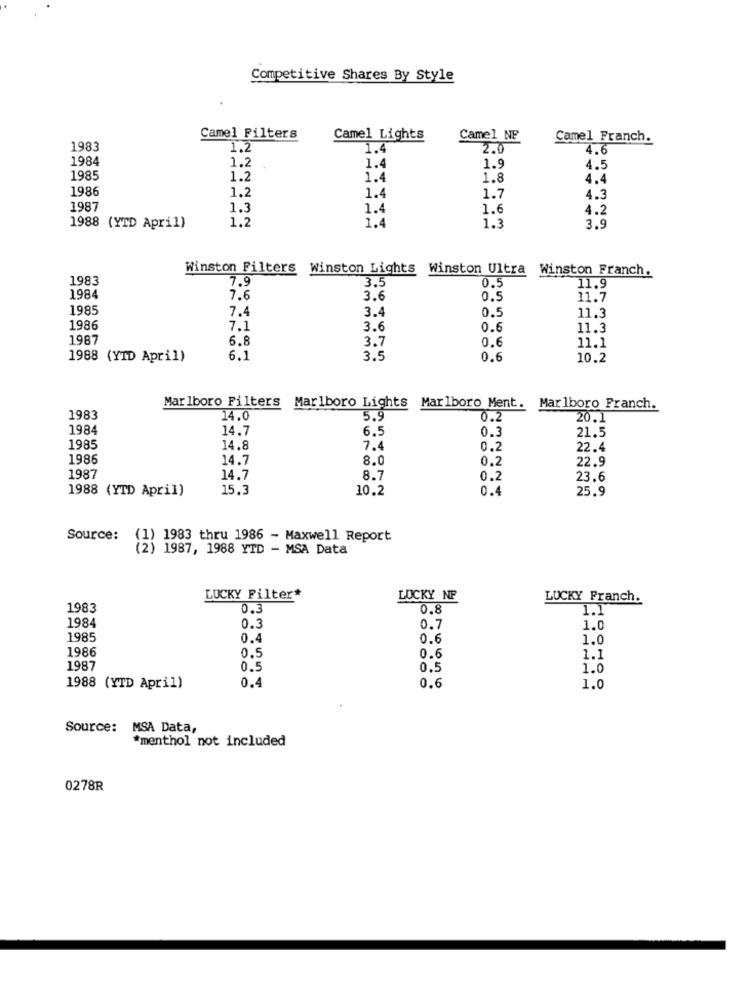
Competitive Shares By Style
Camel Filters
Camel Lights
Camel NF
Camel Franch.
1983
1,2
1.4
2.0
4.6
1984
1.2
1.4
1.9
4.5
1985
1.2
1.4
1.8
4.4
1986
1.2
1.4
1.7
4.3
1987
1.3
1.4
1.6
4.2
1.2
1.4
1988 (YTD April)
1.3
3.9
Winston Filters
Winston Lights Winston Ultra Winston Franch.
1983
7.9
0.5
3.5
11.9
1984
7.6
3.6
0.5
11.7
1985
7.4
3.4
0.5
11.3
1986
7.1
3.6
0.6
11.3
1987
6.8
3.7
0.6
11.1
1988 (YTD April)
6.1
3.5
0.6
10.2
Marlboro Filters Marlboro Lights Marlboro Ment.
Marlboro Franch.
1983
14.0
5.9
0.2
20.1
1984
14.7
6.5
0.3
21.5
1985
14.8
7.4
0.2
22.4
1986
14.7
8.0
0.2
22.9
1987
14.7
8.7
0.2
23.6
1988 (YTD April)
15.3
10.2
0.4
25.9
Source:
(1) 1983 thru 1986 - Maxwell Report
(2) 1987, 1988 YTD - MSA Data
LUCKY Filter*
LUCKY NP
LUCKY Franch.
1983
0.3
0.8
1.1
1984
0.3
0.7
1.0
1985
0.4
0.6
1.0
1986
0.5
0.6
1.1
1987
0.5
0.5
1.0
1988 (YTD April)
0.4
0.6
1.0
Source: MSA Data,
*menthol not included
0278R